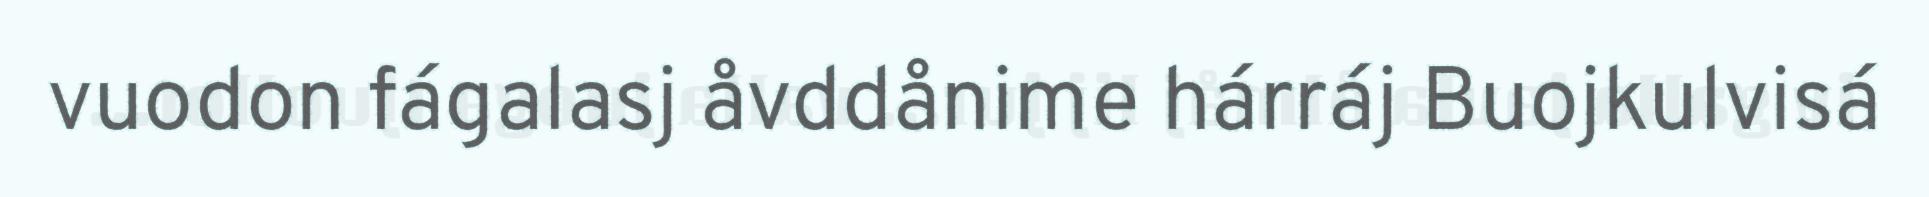
vuodon fágalasj åvddånime hárráj Buojkulvisá